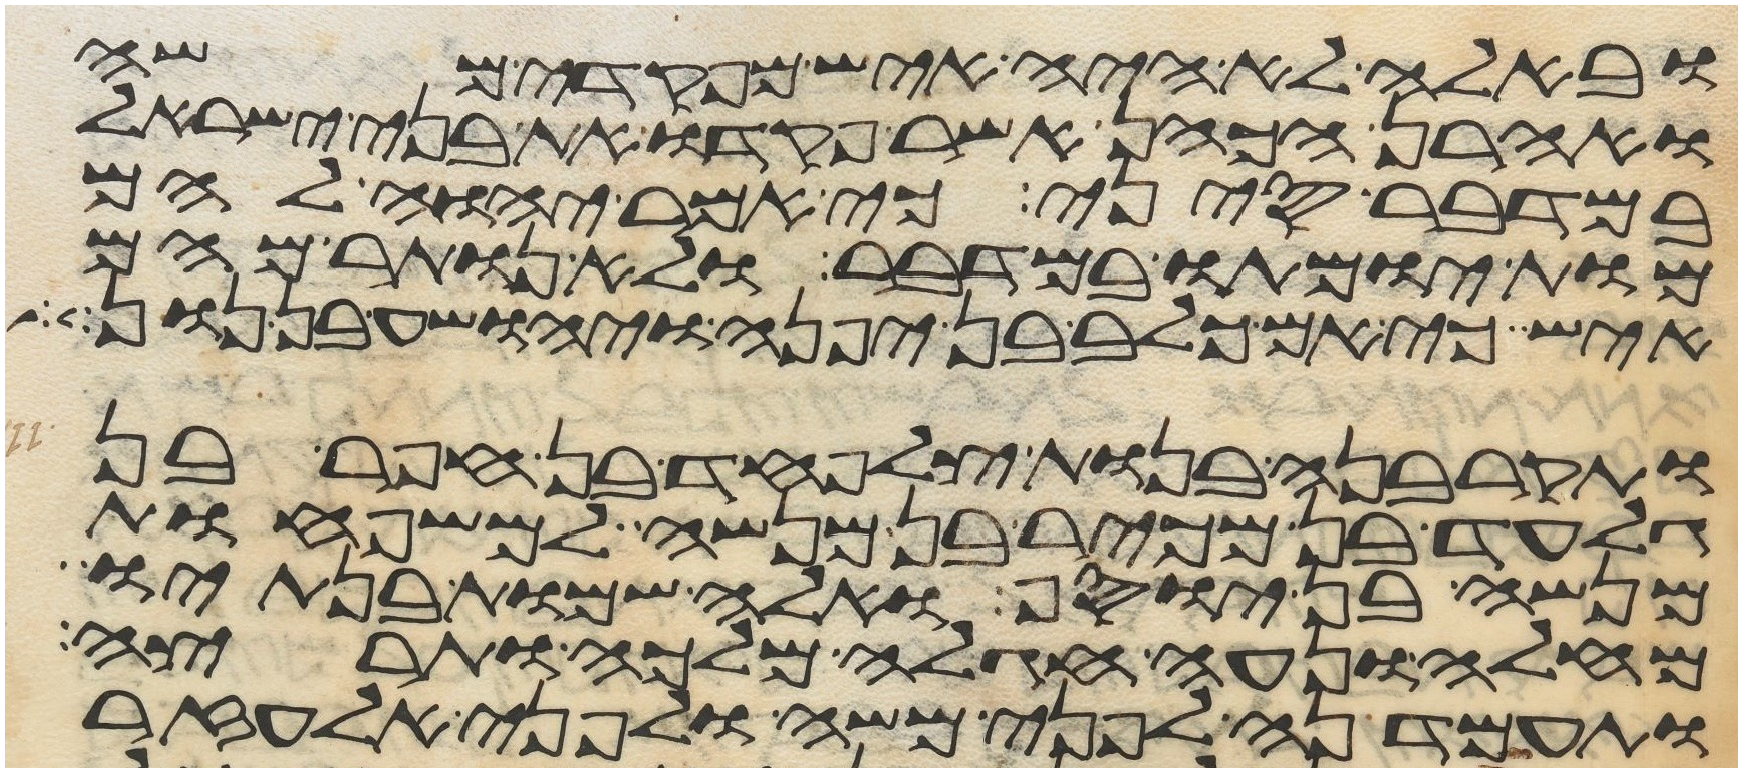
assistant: ובאלה לא היה איש מפקדי משה
ואהרן הכהן אשר פקדו את בני ישראל
במדבר סיני כי אמר יהוה להם
מות ימותו במדבר ולא נותר מהם
איש כי אם כלב בן יפנה ויהושע בן נון
ותקרבנה בנות צלפחד בן חפר בן
גלעד בן מכיר בן מנשה למשפחות
מנשה בן יוסף ואלה שמות בנתיו
מחלה ונעה חגלה מלכה ותרצה
ותעמדנה לפני משה ולפני אלעזר